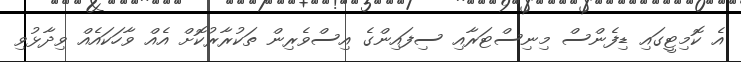
އެ ކޮމިޓީގައި ޑިފެންސް މިނިސްޓަރާއި ސިފައިންގެ އިސްވެރިން ތަކުރާރުކޮށް އެއް ވާހަކައެއް ވިދާޅުވި